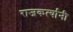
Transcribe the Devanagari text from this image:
राजकर्त्यानी